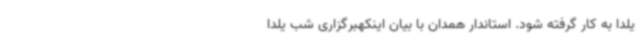
یلدا به کار گرفته شود. استاندار همدان با بیان اینکهبرگزاری شب یلدا